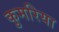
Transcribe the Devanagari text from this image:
कुमरिया